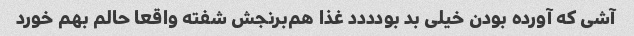
آشی که آورده بودن خیلی بد بودددد غذا هم‌برنجش شفته واقعا حالم بهم خورد